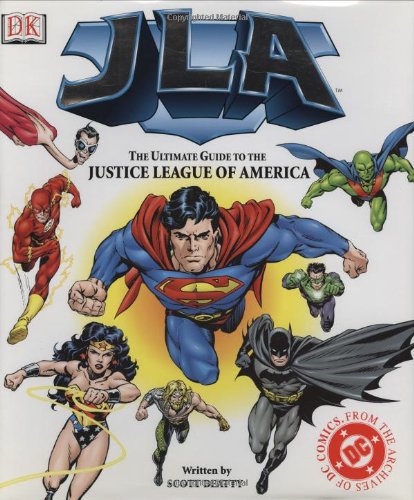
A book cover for JLA:The Ultimate Guide to the Justice League of America; Scott Beatty; Children's Books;